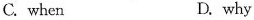
C. when D. why